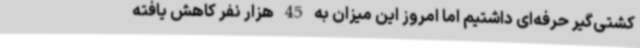
کشتی‌گیر حرفه‌ای داشتیم اما امروز این میزان به 45 هزار نفر کاهش یافته